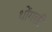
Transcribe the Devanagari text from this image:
थोंगछी